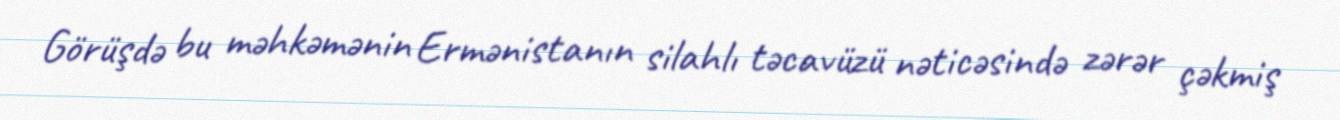
Görüşdə bu məhkəmənin Ermənistanın silahlı təcavüzü nəticəsində zərər çəkmiş